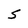
Character: S